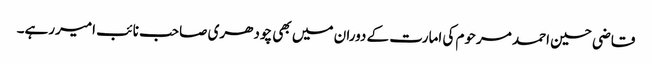
قاضی حسین احمد مرحوم کی امارت کے دوران میں بھی چودھری صاحب نائب امیررہے۔